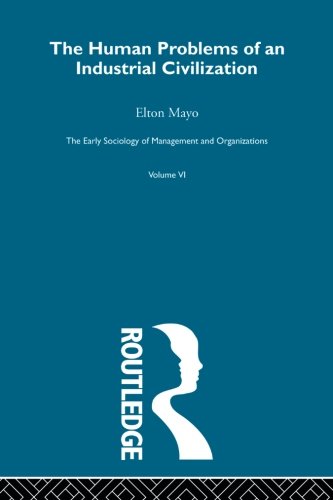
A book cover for The Human Problems of an Industrial Civilization; Elton Mayo; Business & Money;